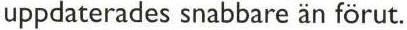
uppdaterades snabbare än förut.